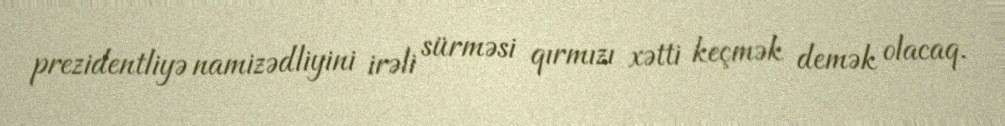
prezidentliyə namizədliyini irəli sürməsi qırmızı xətti keçmək demək olacaq.